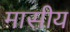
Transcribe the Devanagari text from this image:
मासीय